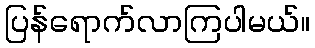
ပြန်ရောက်လာကြပါမယ်။